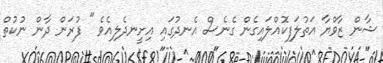
ޝާން ޒާވްޔާ އަތުލަފިކޮއްލައިގެން ގެނެސް އެނދުގައި އިށީނދެލިއެވެ " ފުރަން ދާން ނުކުތް